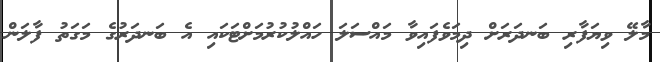
މާލޭ ވިޔަފާރި ބަނދަރަށް ދިމަވެފައިވާ މައްސަލަ ހައްލުކުރުމަށްޓަކައި އެ ބަނދަރުގެ މަގަތު ފާލަން